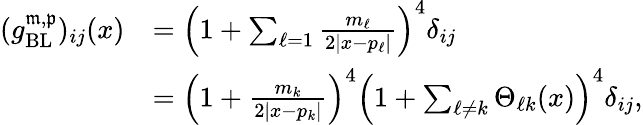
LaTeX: \begin{array}{rl}{(g_{\mathrm{BL}}^{\mathfrak m,\mathfrak p})_{ij}(x)}&{=\left(1+\sum_{\ell=1}\frac{m_{\ell}}{2|x-p_{\ell}|}\right)^{4}\delta_{ij}}\\ &{=\left(1+{\frac{m_{k}}{2|x-p_{k}|}}\right)^{4}\left(1+\sum_{\ell\ne k}\Theta_{\ell k}(x)\right)^{4}\delta_{ij},}\end{array}